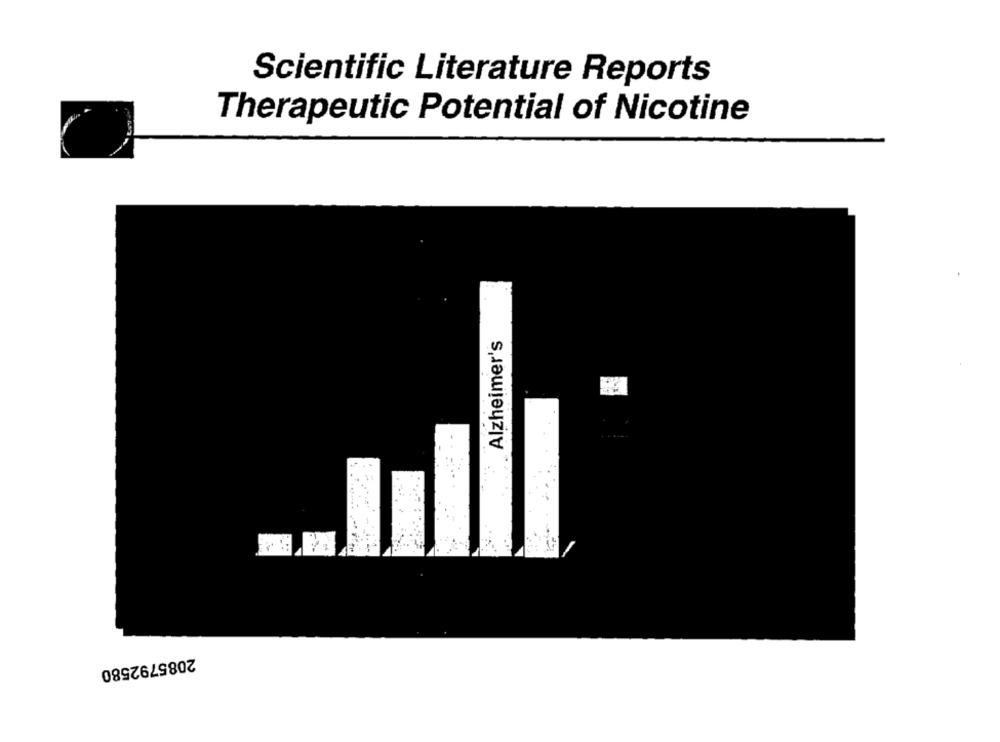
Scientific Literature Reports
Therapeutic Potential of Nicotine
Alzheimer's
2085792580